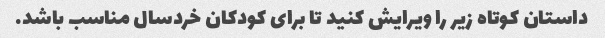
داستان کوتاه زیر را ویرایش کنید تا برای کودکان خردسال مناسب باشد.